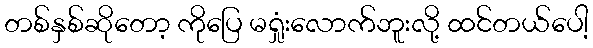
တစ်နှစ်ဆိုတော့ ကိုပြေ မရှုံးလောက်ဘူးလို့ ထင်တယ်ပေါ့